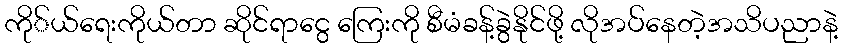
ကို်ယ်ရေးကိုယ်တာ ဆိုင်ရာငွေ ကြေးကို စီမံခန့်ခွဲနိုင်ဖို့ လိုအပ်နေတဲ့အသိပညာနဲ့